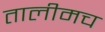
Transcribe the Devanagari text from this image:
तालीमच